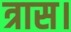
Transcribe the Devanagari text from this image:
त्रास।